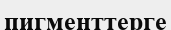
пигменттерге